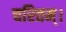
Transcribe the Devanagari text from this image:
चरितम्।